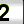
Digit: 2